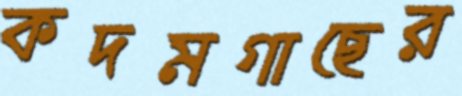
কদমগাছের